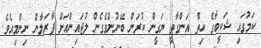
ކަމުގައި ޝަކީބާގެ ހިތް އަންގާތީ ޔަގީން ކުރަން ބޭނުންވެގެން ލުޖައިންއަށް ފާރަލާން ނިންމިއެވެ.